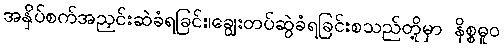
အနှိပ်စက်အညှင်းဆဲခံရခြင်း၊ချွေးတပ်ဆွဲခံရခြင်းစသည်တို့မှာ နိစ္စဓူဝ